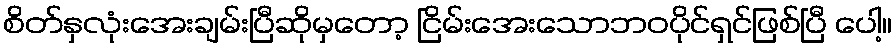
စိတ်နှလုံးအေးချမ်းပြီဆိုမှတော့ ငြိမ်းအေးသောဘဝပိုင်ရှင်ဖြစ်ပြီ ပေါ့။